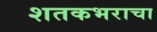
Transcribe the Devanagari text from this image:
शतकभराचा